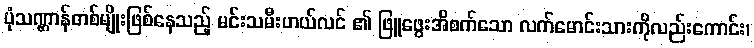
ပုံသဏ္ဌာန်တစ်မျိုးဖြစ်နေသည့် မင်းသမီးဟယ်လင် ၏ ဖြူဖွေးအိစက်သော လက်မောင်းသားကိုလည်းကောင်း၊